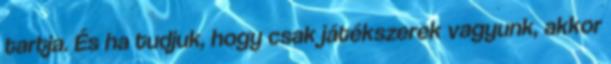
tartja. És ha tudjuk, hogy csak játékszerek vagyunk, akkor